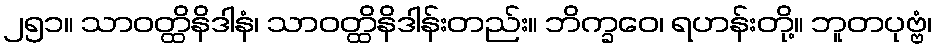
၂၅၁။ သာဝတ္ထိနိဒါနံ၊ သာဝတ္ထိနိဒါန်းတည်း။ ဘိက္ခဝေ၊ ရဟန်းတို့။ ဘူတပုဗ္ဗံ၊